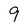
Character: 9